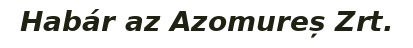
Habár az Azomureș Zrt.